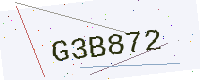
Text: G3B872